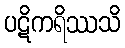
ပဋိကရိဿသိ